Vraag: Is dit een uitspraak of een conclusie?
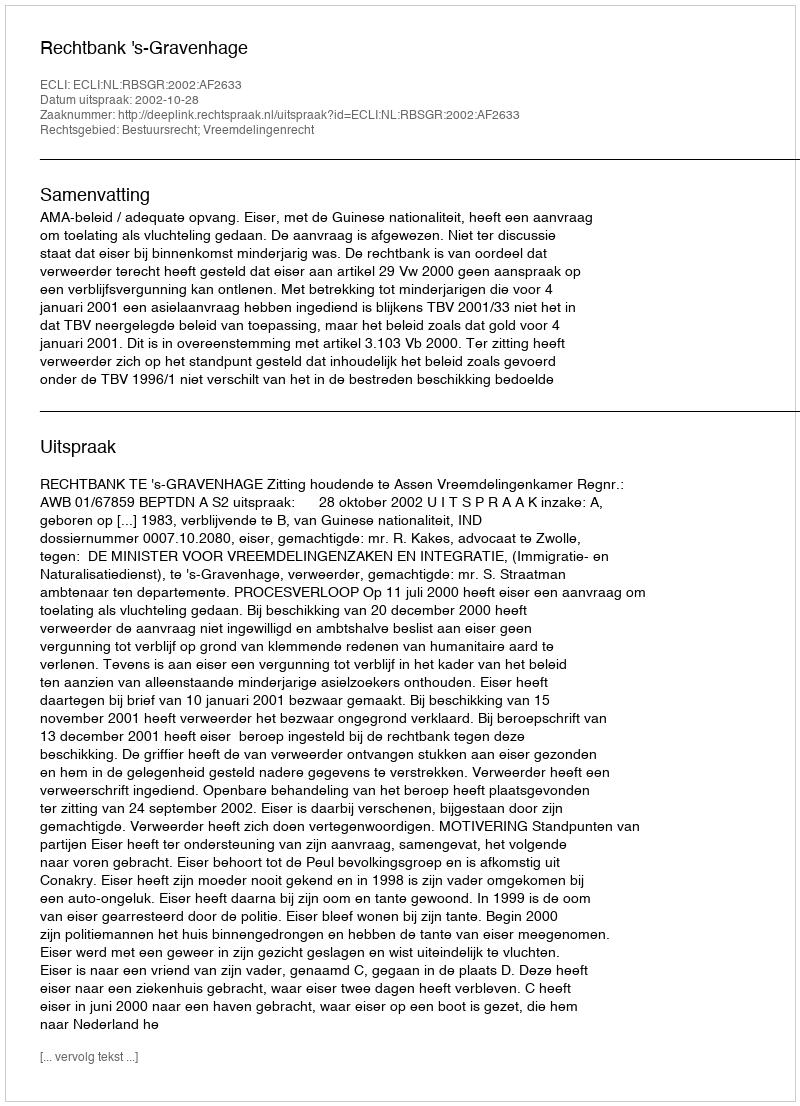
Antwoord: Uitspraak